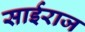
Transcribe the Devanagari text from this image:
साईराज